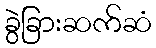
ခွဲခြားဆက်ဆံ